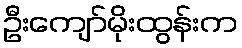
ဦးကျော်မိုးထွန်းက